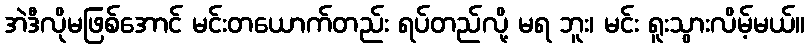
အဲဒီလိုမဖြစ်အောင် မင်းတယောက်တည်း ရပ်တည်လို့ မရ ဘူး၊ မင်း ရူးသွားလိမ့်မယ်။